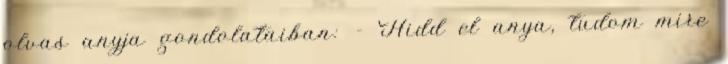
olvas anyja gondolataiban: - Hidd el anya, tudom mire